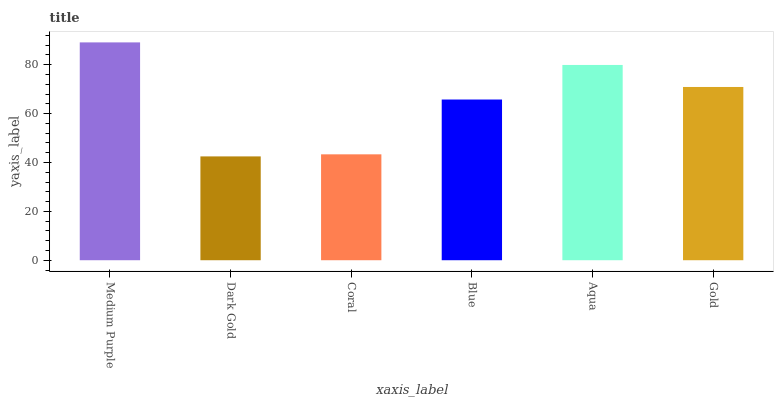
| xaxis_label | bars |
 | --- | --- |
 | Medium Purple | 89.2 |
 | Dark Gold | 42.5 |
 | Coral | 43.3 |
 | Blue | 65.8 |
 | Aqua | 79.9 |
 | Gold | 70.9 |